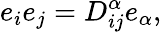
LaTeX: e_{i}e_{j}=D_{ij}^{\alpha}e_{\alpha},